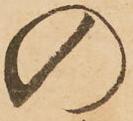
の